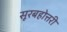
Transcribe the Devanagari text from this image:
सूरबहोत्तरी